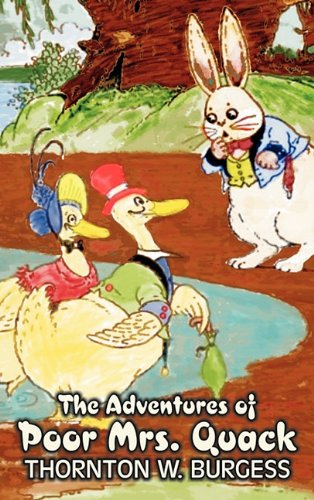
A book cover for The Adventures of Poor Mrs. Quack; Thornton W. Burgess; Children's Books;